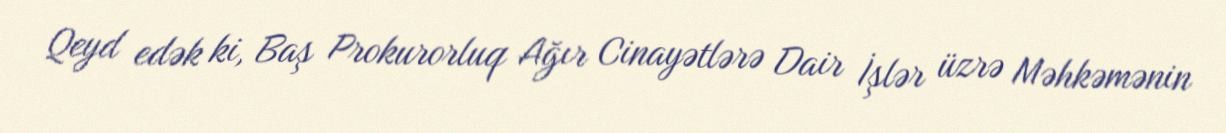
Qeyd edək ki, Baş Prokurorluq Ağır Cinayətlərə Dair İşlər üzrə Məhkəmənin